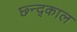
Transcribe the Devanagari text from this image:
छ्न्द्काल